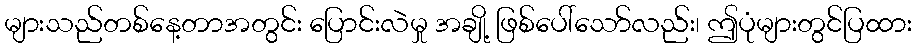
များသည်တစ်နေ့တာအတွင်း ပြောင်းလဲမှု အချို့ ဖြစ်ပေါ်သော်လည်း၊ ဤပုံများတွင်ပြထား